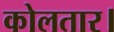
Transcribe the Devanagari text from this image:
कोलतार।